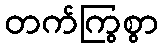
တက်ကြွစွာ